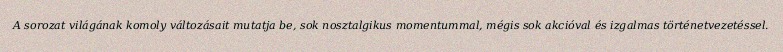
A sorozat világának komoly változásait mutatja be, sok nosztalgikus momentummal, mégis sok akcióval és izgalmas történetvezetéssel.